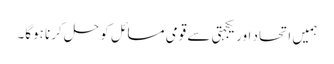
ہمیں اتحاد اور یکجہتی سے قومی مسائل کو حل کرنا ہوگا۔